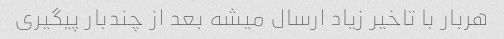
هربار با تاخیر زیاد ارسال میشه بعد از چندبار پیگیری